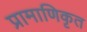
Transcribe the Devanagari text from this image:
प्रामाणिकृत